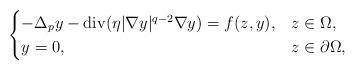
LaTeX: \begin{align*} \begin{cases} - \Delta_{p}y - {\rm div}(\eta\lvert \nabla {y}\rvert^{q - 2}\nabla y) = f(z, y), & z\in \Omega, \\ y = 0, & z\in \partial \Omega,\end{cases}\end{align*}